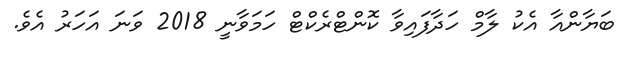
ބަޔާންއާ އެކު ލާމް ހަދާފައިވާ ކޮންޓްރެކްޓް ހަމަވާނީ 2018 ވަނަ އަހަރު އެވެ.